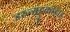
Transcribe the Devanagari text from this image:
इरुन्गट्टुकोट्टाइ